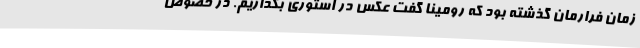
زمان فرارمان گذشته بود که رومینا گفت عکس در استوری بگذاریم. در خصوص